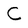
Character: C